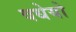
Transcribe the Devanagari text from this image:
वधेयो